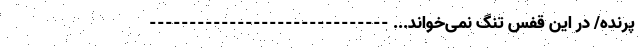
پرنده/ در این قفس تنگ نمی‌خواند... ------------------------------